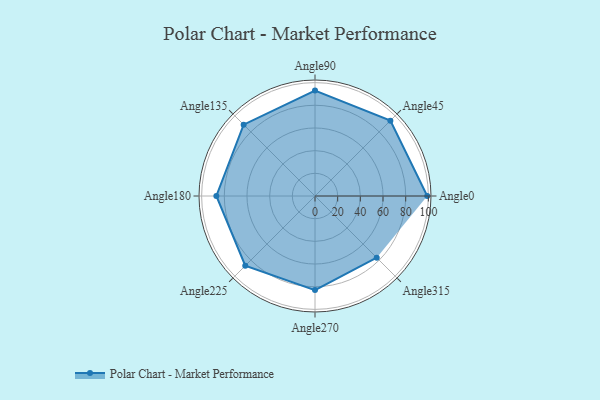
{"axis": {"x": "Angle", "y": "Radius"}, "legend": [""], "data": [{"x": "Angle0", "y": 99.0, "type": ""}, {"x": "Angle45", "y": 94.0, "type": ""}, {"x": "Angle90", "y": 93.0, "type": ""}, {"x": "Angle135", "y": 89.0, "type": ""}, {"x": "Angle180", "y": 87.0, "type": ""}, {"x": "Angle225", "y": 87.0, "type": ""}, {"x": "Angle270", "y": 83.0, "type": ""}, {"x": "Angle315", "y": 77.0, "type": ""}]}